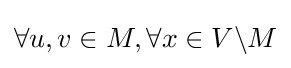
\forall u,v\in M,\forall x\in V\backslash M